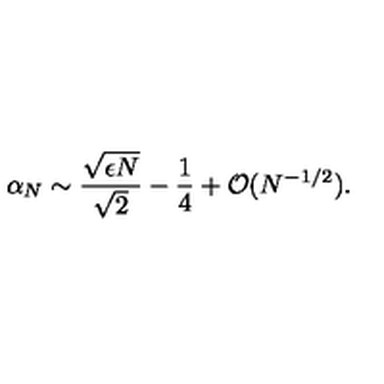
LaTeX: \alpha _ { N } \sim \frac { \sqrt { \epsilon N } } { \sqrt { 2 } } - \frac { 1 } { 4 } + { \cal O } ( N ^ { - 1 / 2 } ) .